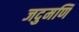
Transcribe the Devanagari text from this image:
जदुमणि